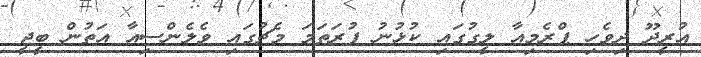
އުރީދޫ ދިވެހި ޕްރެމިއާ ލީގުގައި ކުޅުނު ފުރަތަމަ މެޗުގައި ވެލެންސިއާ އަތުން ބީޖީ